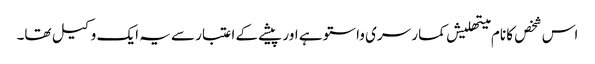
اس شخص کا نام میتھلیش کمار سری واستو ہے اور پیشے کے اعتبار سے یہ ایک وکیل تھا۔